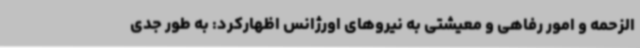
الزحمه و امور رفاهی و معیشتی به نیروهای اورژانس اظهارکرد: به طور جدی